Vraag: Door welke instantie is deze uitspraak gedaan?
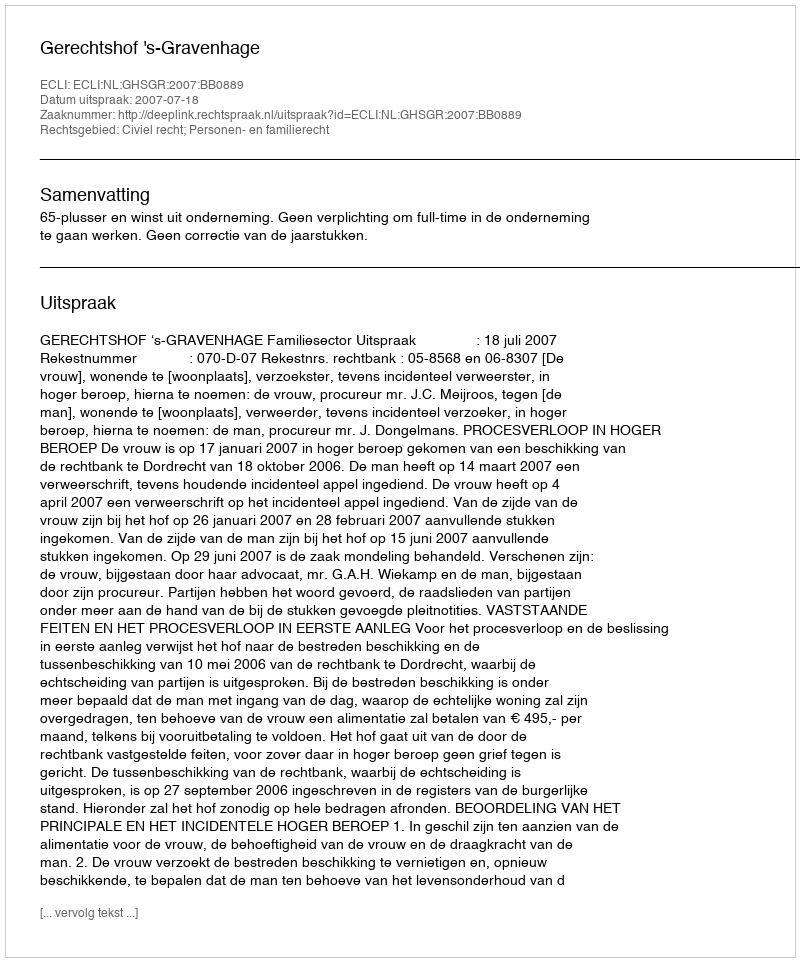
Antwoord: Gerechtshof 's-Gravenhage